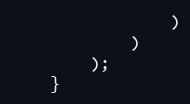
Language: PHP
                )
            )
        );
    }